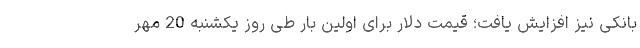
بانکی نیز افزایش یافت؛ قیمت دلار برای اولین بار طی روز یکشنبه 20 مهر